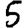
Digit: 5